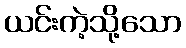
ယင်းကဲ့သို့သော